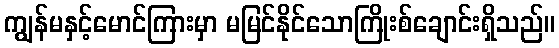
ကျွန်မနှင့်မောင်ကြားမှာ မမြင်နိုင်သောကြိုးစ်ချောင်းရှိသည်။